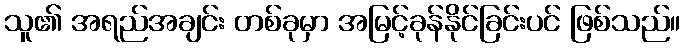
သူ၏ အရည်အချင်း တစ်ခုမှာ အမြင့်ခုန်နိုင်ခြင်းပင် ဖြစ်သည်။